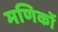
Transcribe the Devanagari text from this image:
मणिकों